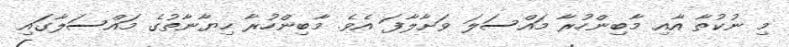
މި ނުކުތާ އާއި މާބިންހުރާ މައްސަލަ ވަށާލާފަ އެވެ. މާބިންހުރާ ހިޔާނާތުގެ މައްސަލާގައި